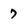
Character: 7